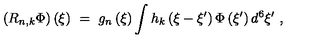
\left( R _ { n , k } \Phi \right) \left( \xi \right) \ = \ g _ { n } \left( \xi \right) \int h _ { k } \left( \xi - \xi ^ { \prime } \right) \Phi \left( \xi ^ { \prime } \right) d ^ { 6 } \xi ^ { \prime } \ ,